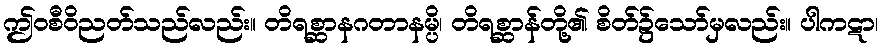
ဤဝစီဝိညတ်သည်လည်း။ တိရစ္ဆာနဂတာနမ္ပိ၊ တိရစ္ဆာန်တို့၏ စိတ်၌သော်မှလည်း။ ပါကဋာ၊